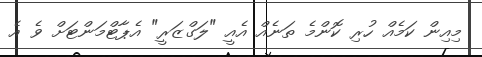
މިއިން ކަމެއް ހުރި ކޮންމެ ތަނެއް އެއީ "ލަގްޒަރީ" އެޕާޓްމަންޓަށް ވެ އެ